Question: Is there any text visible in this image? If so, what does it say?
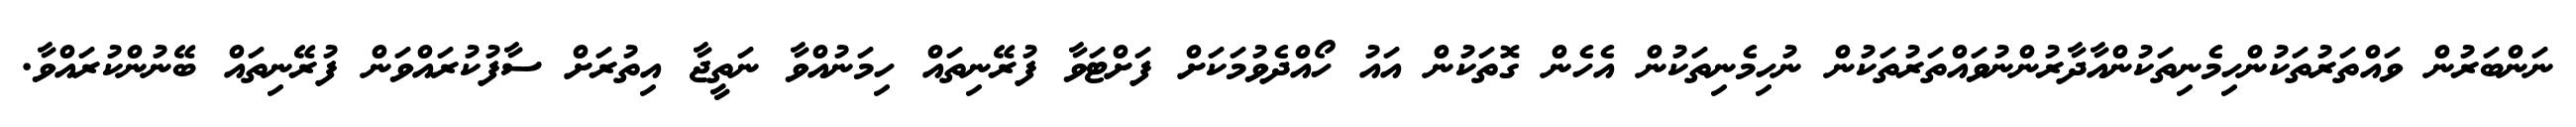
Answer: ނަންބަރުން ވައްތަރުތަކުންހިމެނިތަކުންއާދާރުންނުވައްތަރުތަކުން ނުހިމެނިތަކުން އެހެން ގޮތަކުން އައު ހޯއްދެވުމަކަށް ފަށްޓަވާ ފުރޭނިތައް ހިމަނުއްވާ ނަތީޖާ އިތުރަށް ސާފުކުރައްވަން ފުރޭނިތައް ބޭނުންކުރައްވާ.